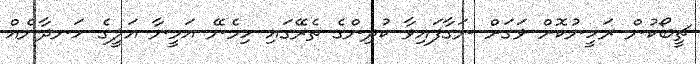
ޗީބޯކުން ރަހީނުކޮށް ވަގަށް ނަގާފައިވާ ކުދިންގެ ތެރޭގައި ހިމެނޭ އަމީނާ އަލީގެ ހަނދާނެއް